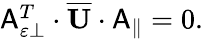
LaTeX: \begin{array}{r}{\mathsf{A}_{\varepsilon\perp}^{T}\cdot\overline{{\mathbf{U}}}\cdot\mathsf{A}_{\parallel}=0.}\end{array}